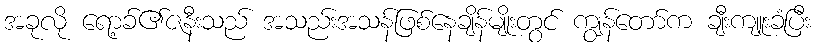
အခုလို ရော့ခ်၏ဇနီးသည် အသည်းအသန်ဖြစ်နေချိန်မျိုးတွင် ကျွန်တော်က ချီးကျူးခံပြီး